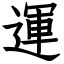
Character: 運